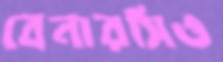
বেনারসিও